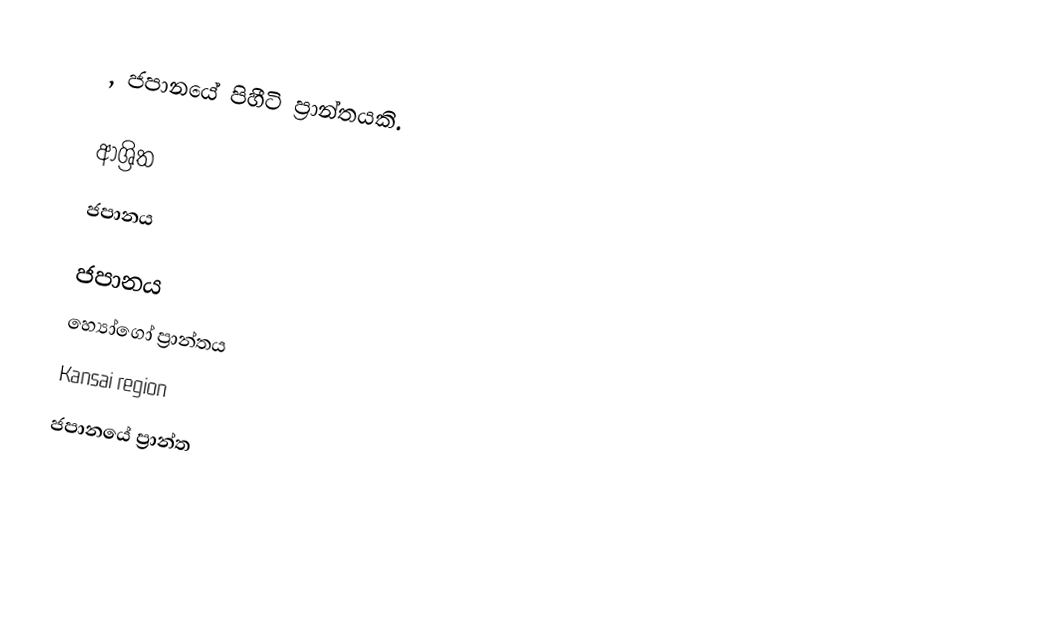
, ජපානයේ පිහීටි ප්‍රාන්තයකි.

ආශ්‍රිත
 ජපානය

ජපානය
හ්‍යෝගෝ ප්‍රාන්තය
Kansai region
ජපානයේ ප්‍රාන්ත